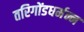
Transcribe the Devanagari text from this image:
तरिगोंडधर्मन्न